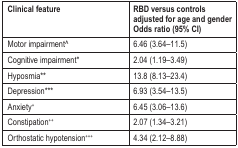
<table><thead><tr><td><b>Clinical feature</b></td><td><b>RBD versus controls adjusted for age and gender Odds ratio (95% CI)</b></td></tr></thead><tbody><tr><td>Motor impairment^</td><td>6.46 (3.64–11.5)</td></tr><tr><td>Cognitive impairment*</td><td>2.04 (1.19–3.49)</td></tr><tr><td>Hyposmia**</td><td>13.8 (8.13–23.4)</td></tr><tr><td>Depression***</td><td>6.93 (3.54–13.5)</td></tr><tr><td>Anxiety<sup>+</sup></td><td>6.45 (3.06–13.6)</td></tr><tr><td>Constipation<sup>++</sup></td><td>2.07 (1.34–3.21)</td></tr><tr><td>Orthostatic hypotension<sup>+++</sup></td><td>4.34 (2.12–8.88)</td></tr></tbody></table>